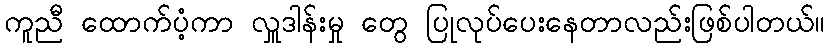
ကူညီ ထောက်ပံ့ကာ လှူဒါန်းမှု တွေ ပြုလုပ်ပေးနေတာလည်းဖြစ်ပါတယ်။